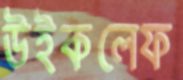
উইকলেফ